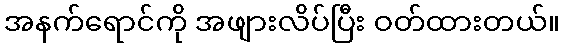
အနက်ရောင်ကို အဖျားလိပ်ပြီး ဝတ်ထားတယ်။